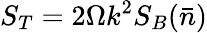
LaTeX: S_{T}=2\Omega k^{2}S_{B}(\bar{n})